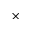
\times